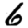
Digit: 6